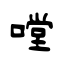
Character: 嘡